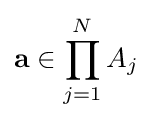
\mathbf {a} \in \prod _{j=1}^{N}A_{j}